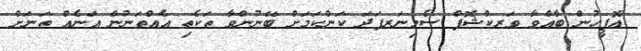
އޮފީހުން ބާއްވާ ވަރކްޝޮޕް ސެމިނަރފަދަ ކަންކަމަށް ބޭނުންވާ ތަކެތި އެއްތަނުން އަނެއް ތަނަށް